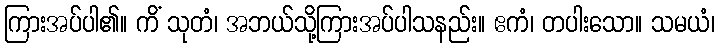
ကြားအပ်ပါ၏။ ကိံ သုတံ၊ အဘယ်သို့ကြားအပ်ပါသနည်း။ ဧကံ၊ တပါးသော။ သမယံ၊